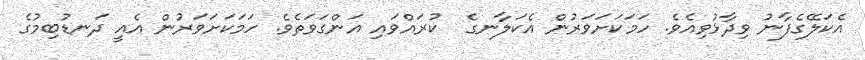
އެކަލޭގެފާނު ވިދާޅުވިއެވެ. ހަމަކަށަވަރުން އެކަލާނގެ  ކުރައްވައި އަންގަވަތެވެ. ހަމަކަށަވަރުން އެއީ ދަނޑުބިމުގެ